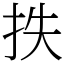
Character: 抶